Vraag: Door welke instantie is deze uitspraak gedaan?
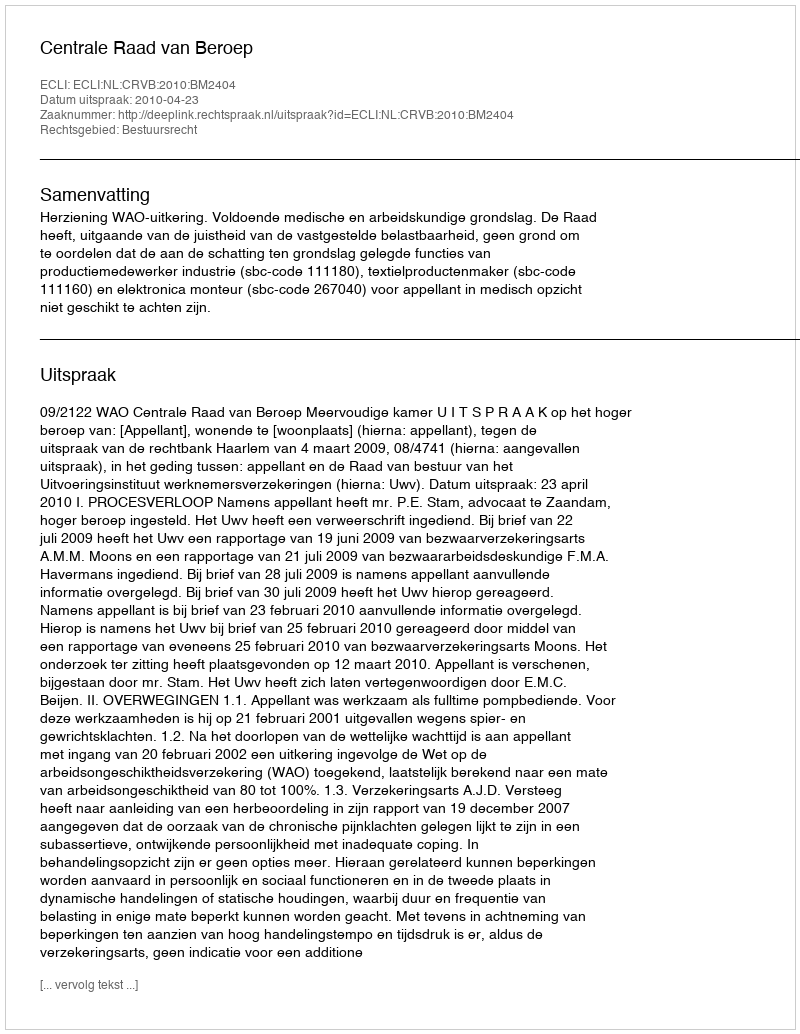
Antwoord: Centrale Raad van Beroep